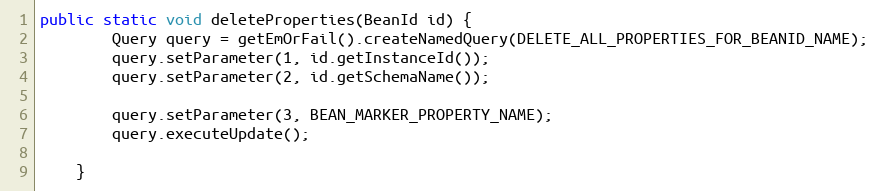
Language: Java
public static void deleteProperties(BeanId id) {
        Query query = getEmOrFail().createNamedQuery(DELETE_ALL_PROPERTIES_FOR_BEANID_NAME);
        query.setParameter(1, id.getInstanceId());
        query.setParameter(2, id.getSchemaName());

        query.setParameter(3, BEAN_MARKER_PROPERTY_NAME);
        query.executeUpdate();

    }